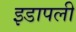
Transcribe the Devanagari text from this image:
इडापली